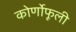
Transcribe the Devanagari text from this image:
कोर्णोफूली